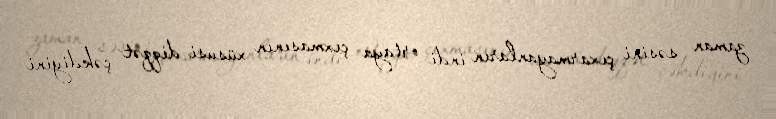
zaman səsini çıxarmayanların indi ortaya çıxmasının xüsusi diqqət çəkdiyini